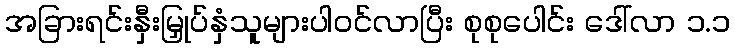
အခြားရင်းနှီးမြှုပ်နှံသူများပါဝင်လာပြီး စုစုပေါင်း ဒေါ်လာ ၁.၁